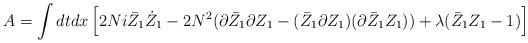
LaTeX: \begin{align*}A=\int dt dx \left[2Ni\bar Z_1 \dot Z_1-2N^2(\partial \bar Z_1\partial Z_1-(\bar Z_1\partial Z_1)(\partial\bar Z_1 Z_1))+\lambda (\bar Z_1 Z_1-1)\right]\end{align*}